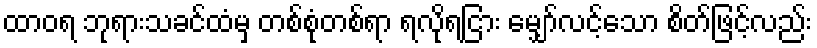
ထာဝရ ဘုရားသခင်ထံမှ တစ်စုံတစ်ရာ ရလိုရငြား မျှော်လင့်သော စိတ်ဖြင့်လည်း